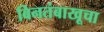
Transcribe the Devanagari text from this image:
बिनतंबाखूचा